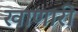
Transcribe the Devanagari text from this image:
खाणारी